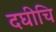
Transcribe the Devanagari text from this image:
दघीचि